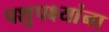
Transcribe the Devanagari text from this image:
पशुपक्ष्यांना